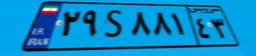
۲۹S۸۸۱۴۳